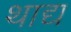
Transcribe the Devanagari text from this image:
थाद्य